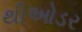
થીઓડર